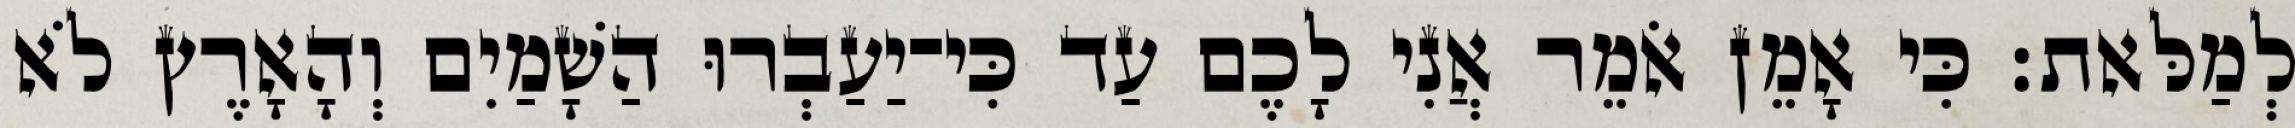
לְמַלּאת׃ כִּי אָמֵן אֹמֵר אֲנִי לָכֶם עַד כִּי־יַעַבְרוּ הַשָׁמַיִם וְהָאָרֶץ לֹא